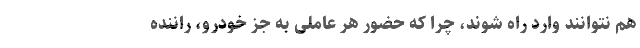
هم نتوانند وارد راه شوند، چرا که حضور هر عاملی به جز خودرو، راننده